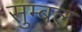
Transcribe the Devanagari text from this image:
सुम्बल